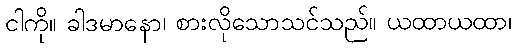
ငါကို။ ခါဒမာနော၊ စားလိုသောသင်သည်။ ယထာယထာ၊